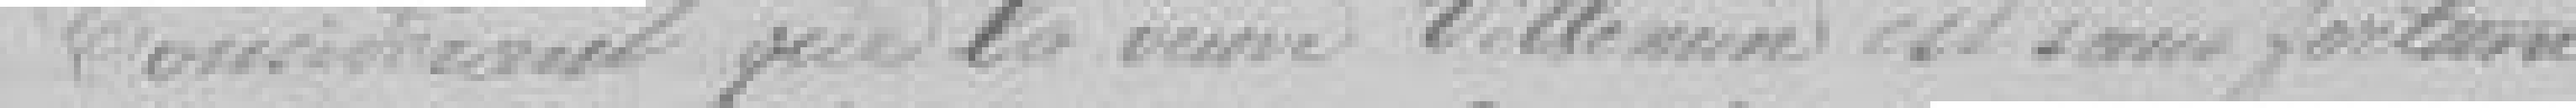
considérant que la veuve Villemin est sans fortune,